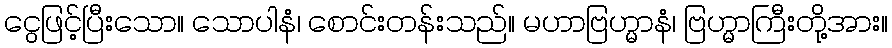
ငွေဖြင့်ပြီးသော။ သောပါနံ၊ စောင်းတန်းသည်။ မဟာဗြဟ္မာနံ၊ ဗြဟ္မာကြီးတို့အား။